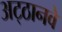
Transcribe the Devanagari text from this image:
अट्‍ठानवे